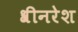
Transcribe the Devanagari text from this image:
श्रीनरेश